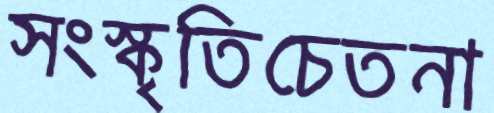
সংস্কৃতিচেতনা